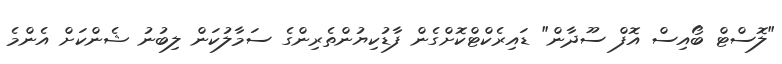
"ލޮސްޓް ބޯއިސް އޮފް ސޫދާން" ޑައިރެކްޓްކޮށްގެން ފާޑުކިޔުންތެރިންގެ ސަމާލުކަން ލިބުނު ޝެންކަށް އެންމެ